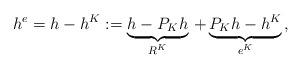
LaTeX: \begin{align*}h^{e}=h-h^{K}:=\underbrace{h-P_{K} h}_{R^K}\, + \underbrace{P_{K} h-h^K}_{e^K}\,, \end{align*}